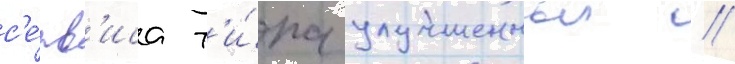
с'е́рв'иса т'и́па улучшенныи //